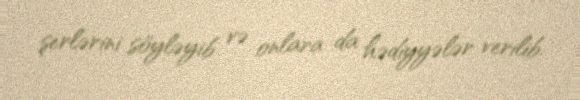
şerlərini söyləyib və onlara da hədiyyələr verilib.